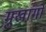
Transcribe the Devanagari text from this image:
मुखांगों